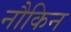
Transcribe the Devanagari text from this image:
नौकिन